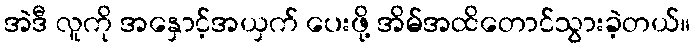
အဲဒီ လူကို အနှောင့်အယှက် ပေးဖို့ အိမ်အထိတောင်သွားခဲ့တယ်။